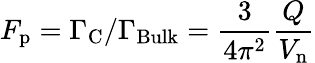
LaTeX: F_{\mathrm{p}}=\Gamma_{\mathrm{C}}/\Gamma_{\mathrm{Bulk}}=\frac{3}{4\pi^{2}}\frac{Q}{V_{\mathrm{n}}}